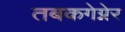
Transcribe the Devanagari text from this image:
तबकगेग्नेर